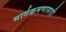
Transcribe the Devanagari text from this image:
मार्गक्रमणासाठी